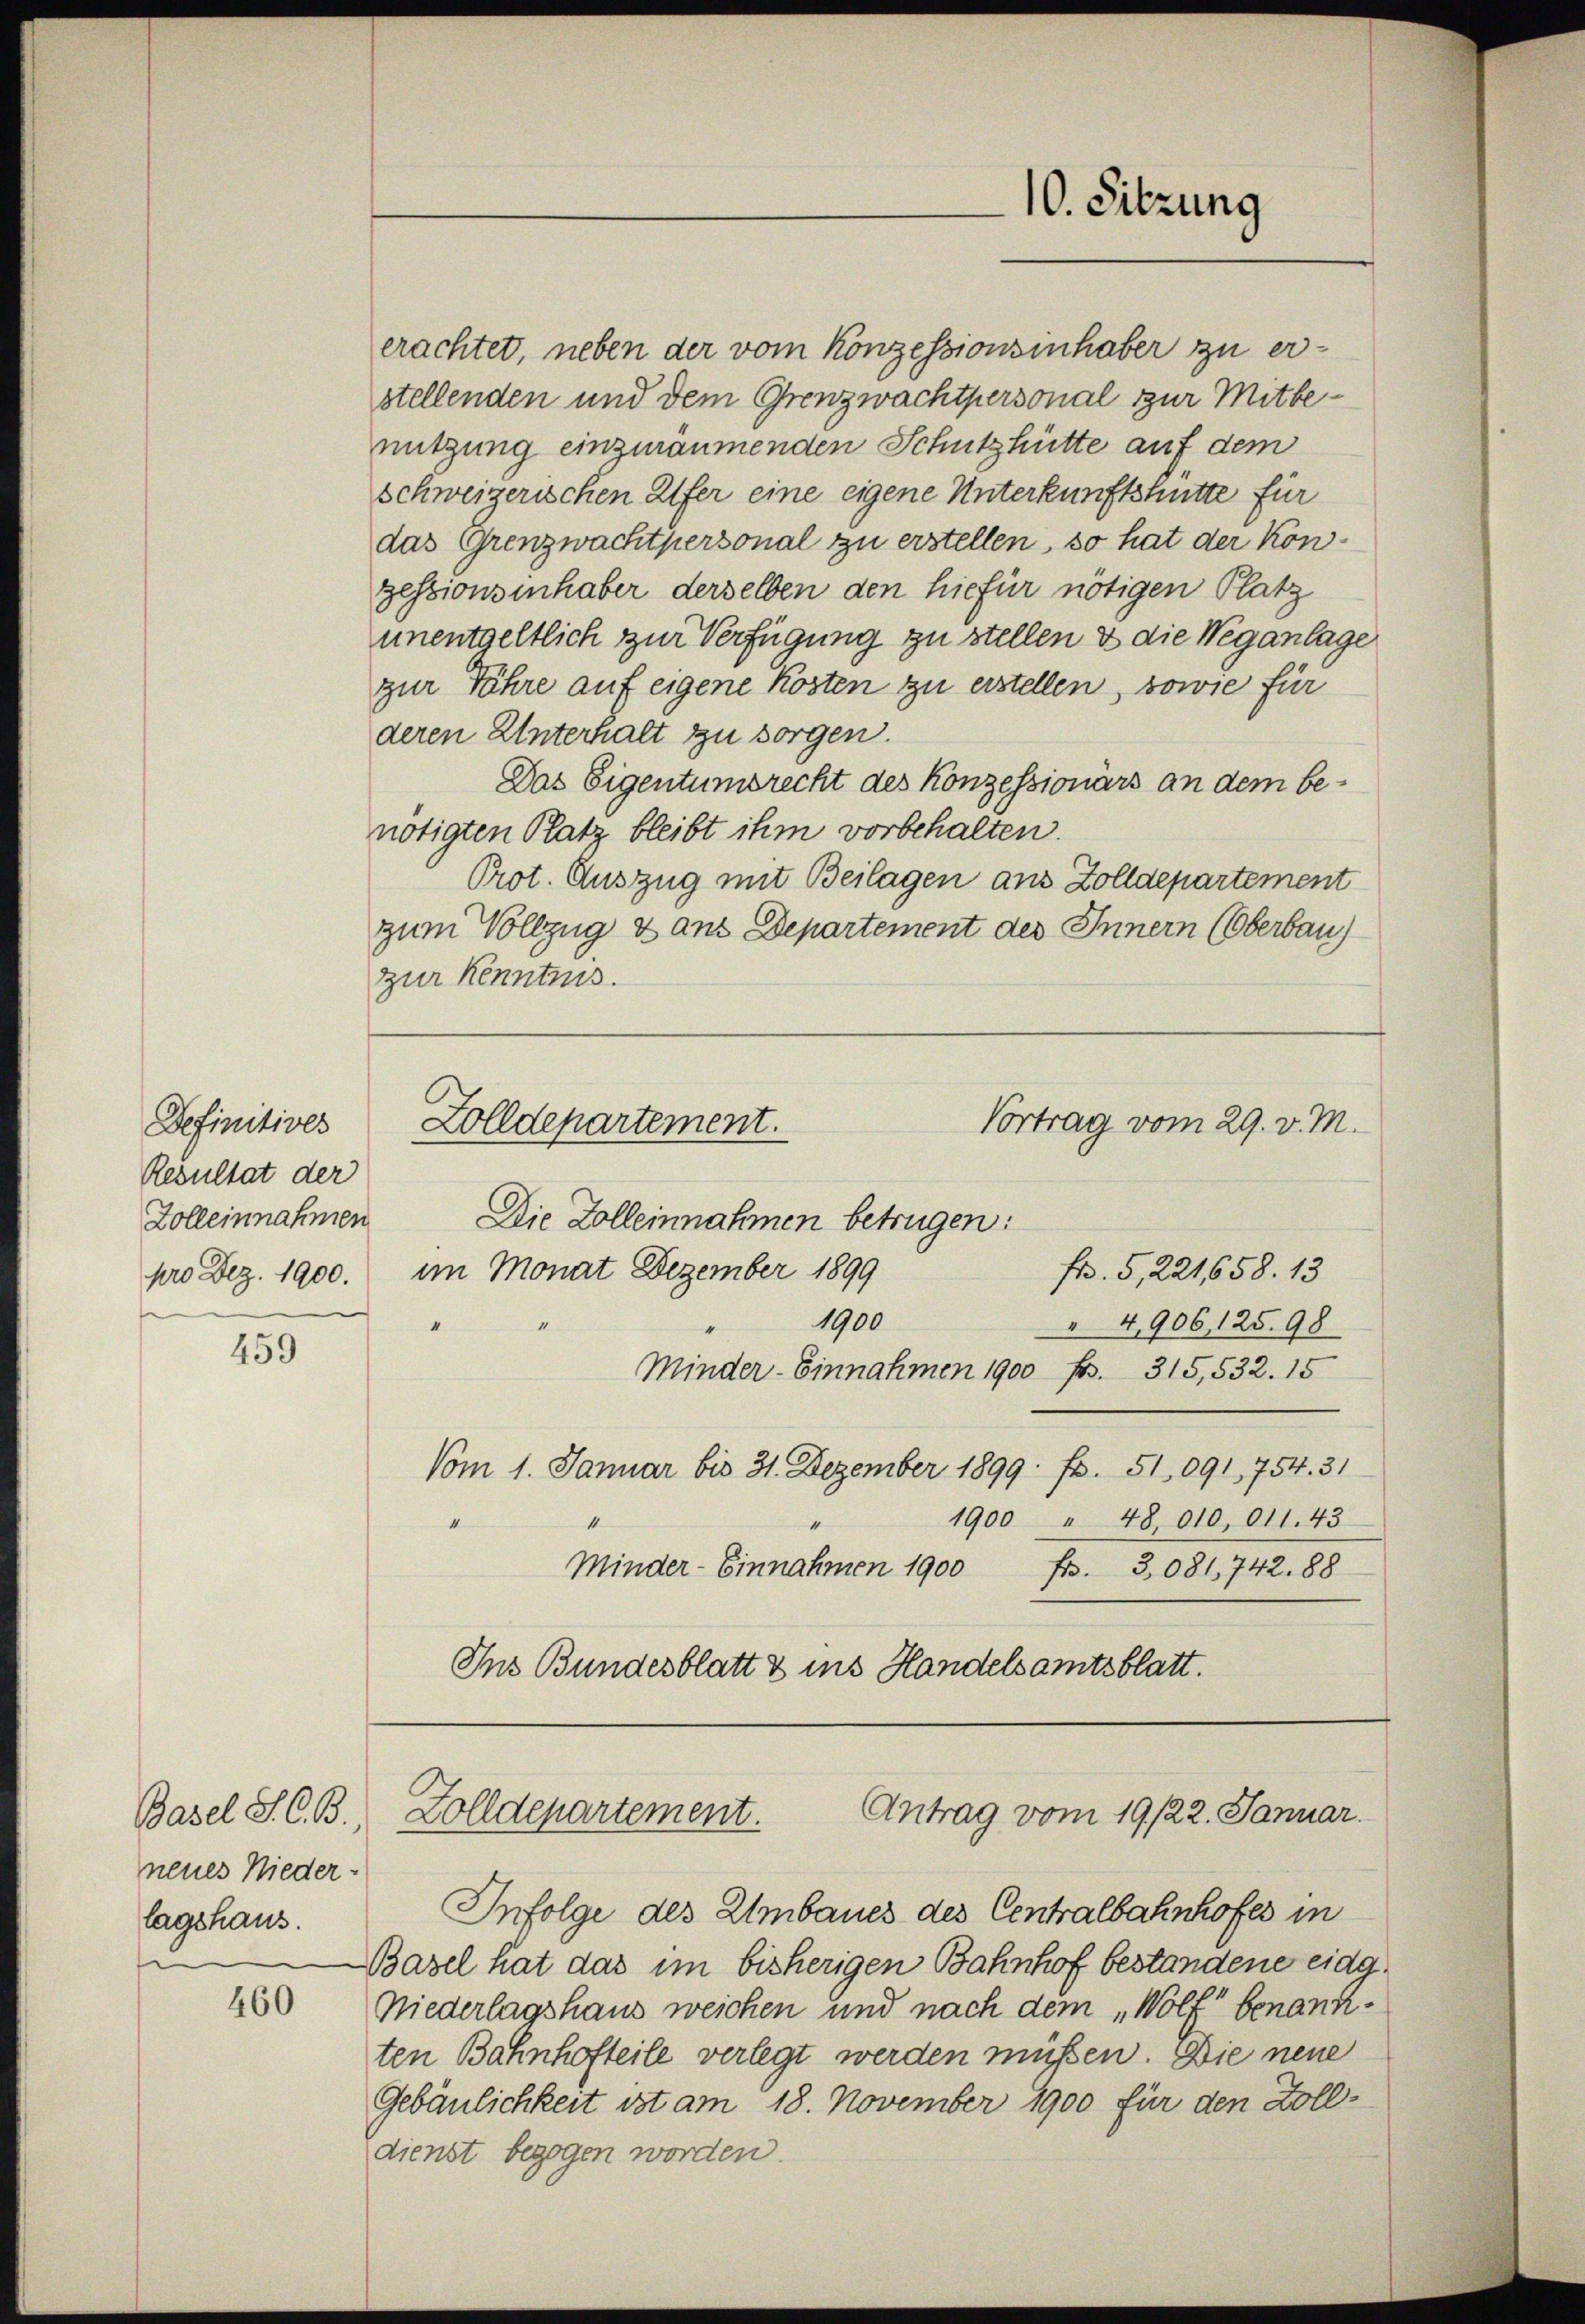
Definitives
Resultat der
Zolleinnahmen
pro Dez. 1900.

459

Basel S. C. B.
neues Nieder-
lagshaus.

460

erachtet, neben der vom Konzessionsinhaber zu erstellenden und dem Grenzwachtpersonal zur Mitbenutzung einzuräumenden Schutzhütte auf dem
schweizerischen Alfer eine eigene Unterkunftshütte für
das Grenzwachtpersonal zu erstellen, so hat der Kon-
gessionsinhaber derselben den hiefür nötigen Platz
unentgeltlich zur Verfügung zu stellen & die Weganlage
zur Jahre auf eigene Kosten zu erstellen, sowie für
deren Unterhalt zu sorgen.
Das Eigentumsrecht des Konzessionärs an dem benötigten Platz bleibt ihm vorbehalten.
Prot. Auszug mit Beilagen aus Zolldepartement
zum Vollzug & ans Departement des Innern (Oberbau
zur Kenntnis.
Vortrag vom 29. v. M.
Zolldepartement.
Die Zolleinnahmen betrügen:
im Monat Dezember 1899
Fr. 5, 221658. 13
1900
 4,906, 125. 98
.
Minder-Einnahmen 1900
Fr. 315,532. 15
Vom 1. Januar bis 31. Dezember 1899 f. 51. 091, 754. 31
1900 " 48, 010, 011. 43
4
Minder- Einnahmen 1900
f. 3,081, 742. 188
Ins Bundesblatt & ins Handelsamtsblatt.

10. Sitzung

Antrag vom 19./22. Januar.
Zolldepartement.

Infolge des Umbaues des Centralbahnhofes in
Basel hat das im bisherigen Bahnhof bestandene eidg¬
Niederlagshaus weichen und nach dem „Wolf benannten Bahnhofteile verlegt werden müßen. Die neue
Gebäulichkeit ist am 18. November 1900 für den Zolldienst bezogen worden.